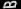
B